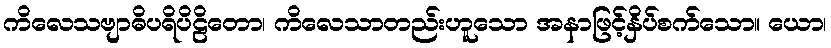
ကိလေသဗျာဓိပရိပိဠိတော၊ ကိလေသာတည်းဟူသော အနာဖြင့်နှိပ်စက်သော။ ယော၊